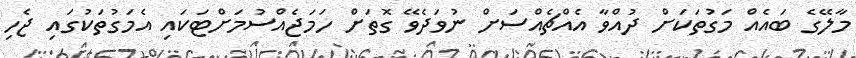
މާލޭގެ ބައެއް މަގުތަަކަށް ދުއްވާ އެއްޗެއްސަަށް ނުވަދެވޭ ގޮތަށް ހަމަޖެއްސުމަށްޓަކައި އެމަގުތަަކުގައި ޖެހި